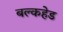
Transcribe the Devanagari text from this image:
बल्‍कहेड